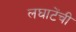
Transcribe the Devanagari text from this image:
लघाटेंची